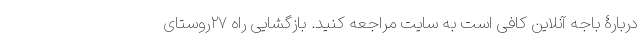
دربارۀ باجه آنلاین کافی است به سایت مراجعه کنید. بازگشایی راه ۲۷روستای